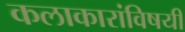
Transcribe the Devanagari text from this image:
कलाकारांविषयी